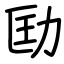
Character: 劻